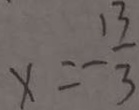
x = - \frac { 1 3 } { 3 }